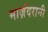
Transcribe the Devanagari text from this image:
माज़ंदरानी